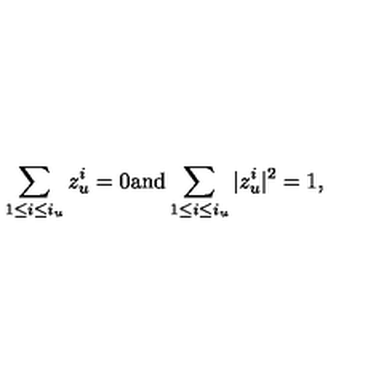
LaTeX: \sum _ { 1 \leq i \leq i _ { u } } z _ { u } ^ { i } = 0 \mathrm { a n d } \sum _ { 1 \leq i \leq i _ { u } } | z _ { u } ^ { i } | ^ { 2 } = 1 ,